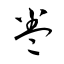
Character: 卷